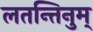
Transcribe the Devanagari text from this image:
लतन्तिनुम्